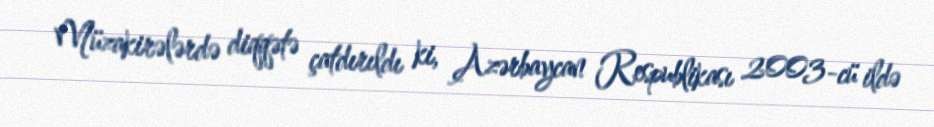
Müzakirələrdə diqqətə çatdırıldı ki, Azərbaycan Respublikası 2003-cü ildə